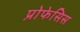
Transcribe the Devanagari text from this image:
प्रोफेसिस